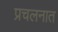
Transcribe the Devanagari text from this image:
प्रचलनात